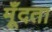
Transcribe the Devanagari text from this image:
मूँदता